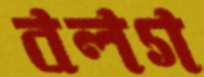
বলগ